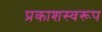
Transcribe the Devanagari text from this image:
प्रकाशस्वरूप